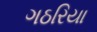
ગઠરિયા